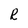
Character: R